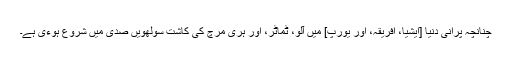
چنانچہ پرانی دنیا [ایشیا، افریقہ، اور یورپ] میں آلو، ٹماٹر، اور ہری مرچ کی کاشت سولھویں صدی میں شروع ہوءی ہے۔